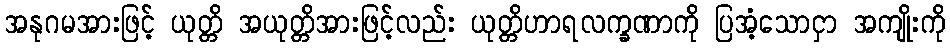
အနုဂမအားဖြင့် ယုတ္တိ အယုတ္တိအားဖြင့်လည်း ယုတ္တိဟာရလက္ခဏာကို ပြအံ့သောငှာ အကျိုးကို